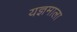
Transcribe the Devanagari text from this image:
यज्ञमाला